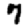
Digit: 7